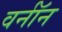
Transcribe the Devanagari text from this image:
वर्नॉन